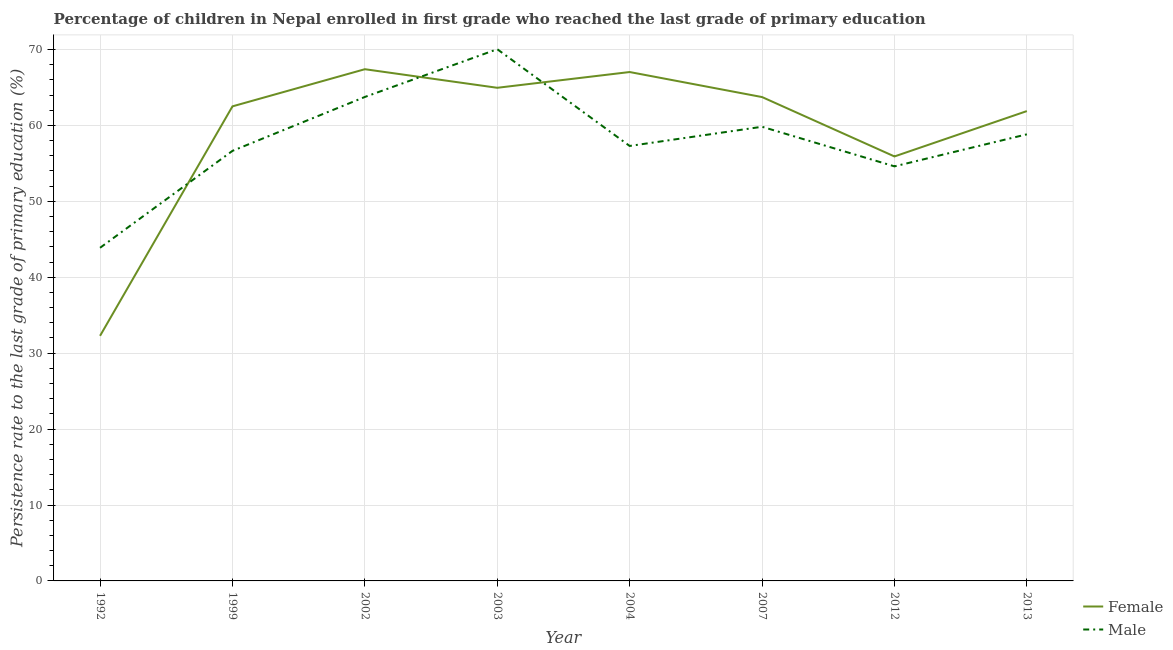
| Year | Female | Male |
 | --- | --- | --- |
 | 1992 | 32.3 | 43.9 |
 | 1999 | 62.5 | 56.6 |
 | 2002 | 67.4 | 63.8 |
 | 2003 | 65 | 70 |
 | 2004 | 67 | 57.3 |
 | 2007 | 63.7 | 59.8 |
 | 2012 | 55.9 | 54.6 |
 | 2013 | 61.9 | 58.8 |